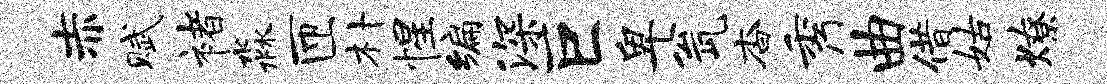
赤赋褚淼匝朴惺编深巨卑瓮杳秀曲借姑燎